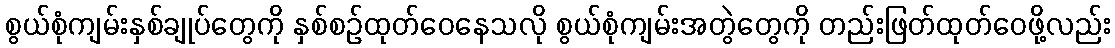
စွယ်စုံကျမ်းနှစ်ချုပ်တွေကို နှစ်စဉ်ထုတ်ဝေနေသလို စွယ်စုံကျမ်းအတွဲတွေကို တည်းဖြတ်ထုတ်ဝေဖို့လည်း